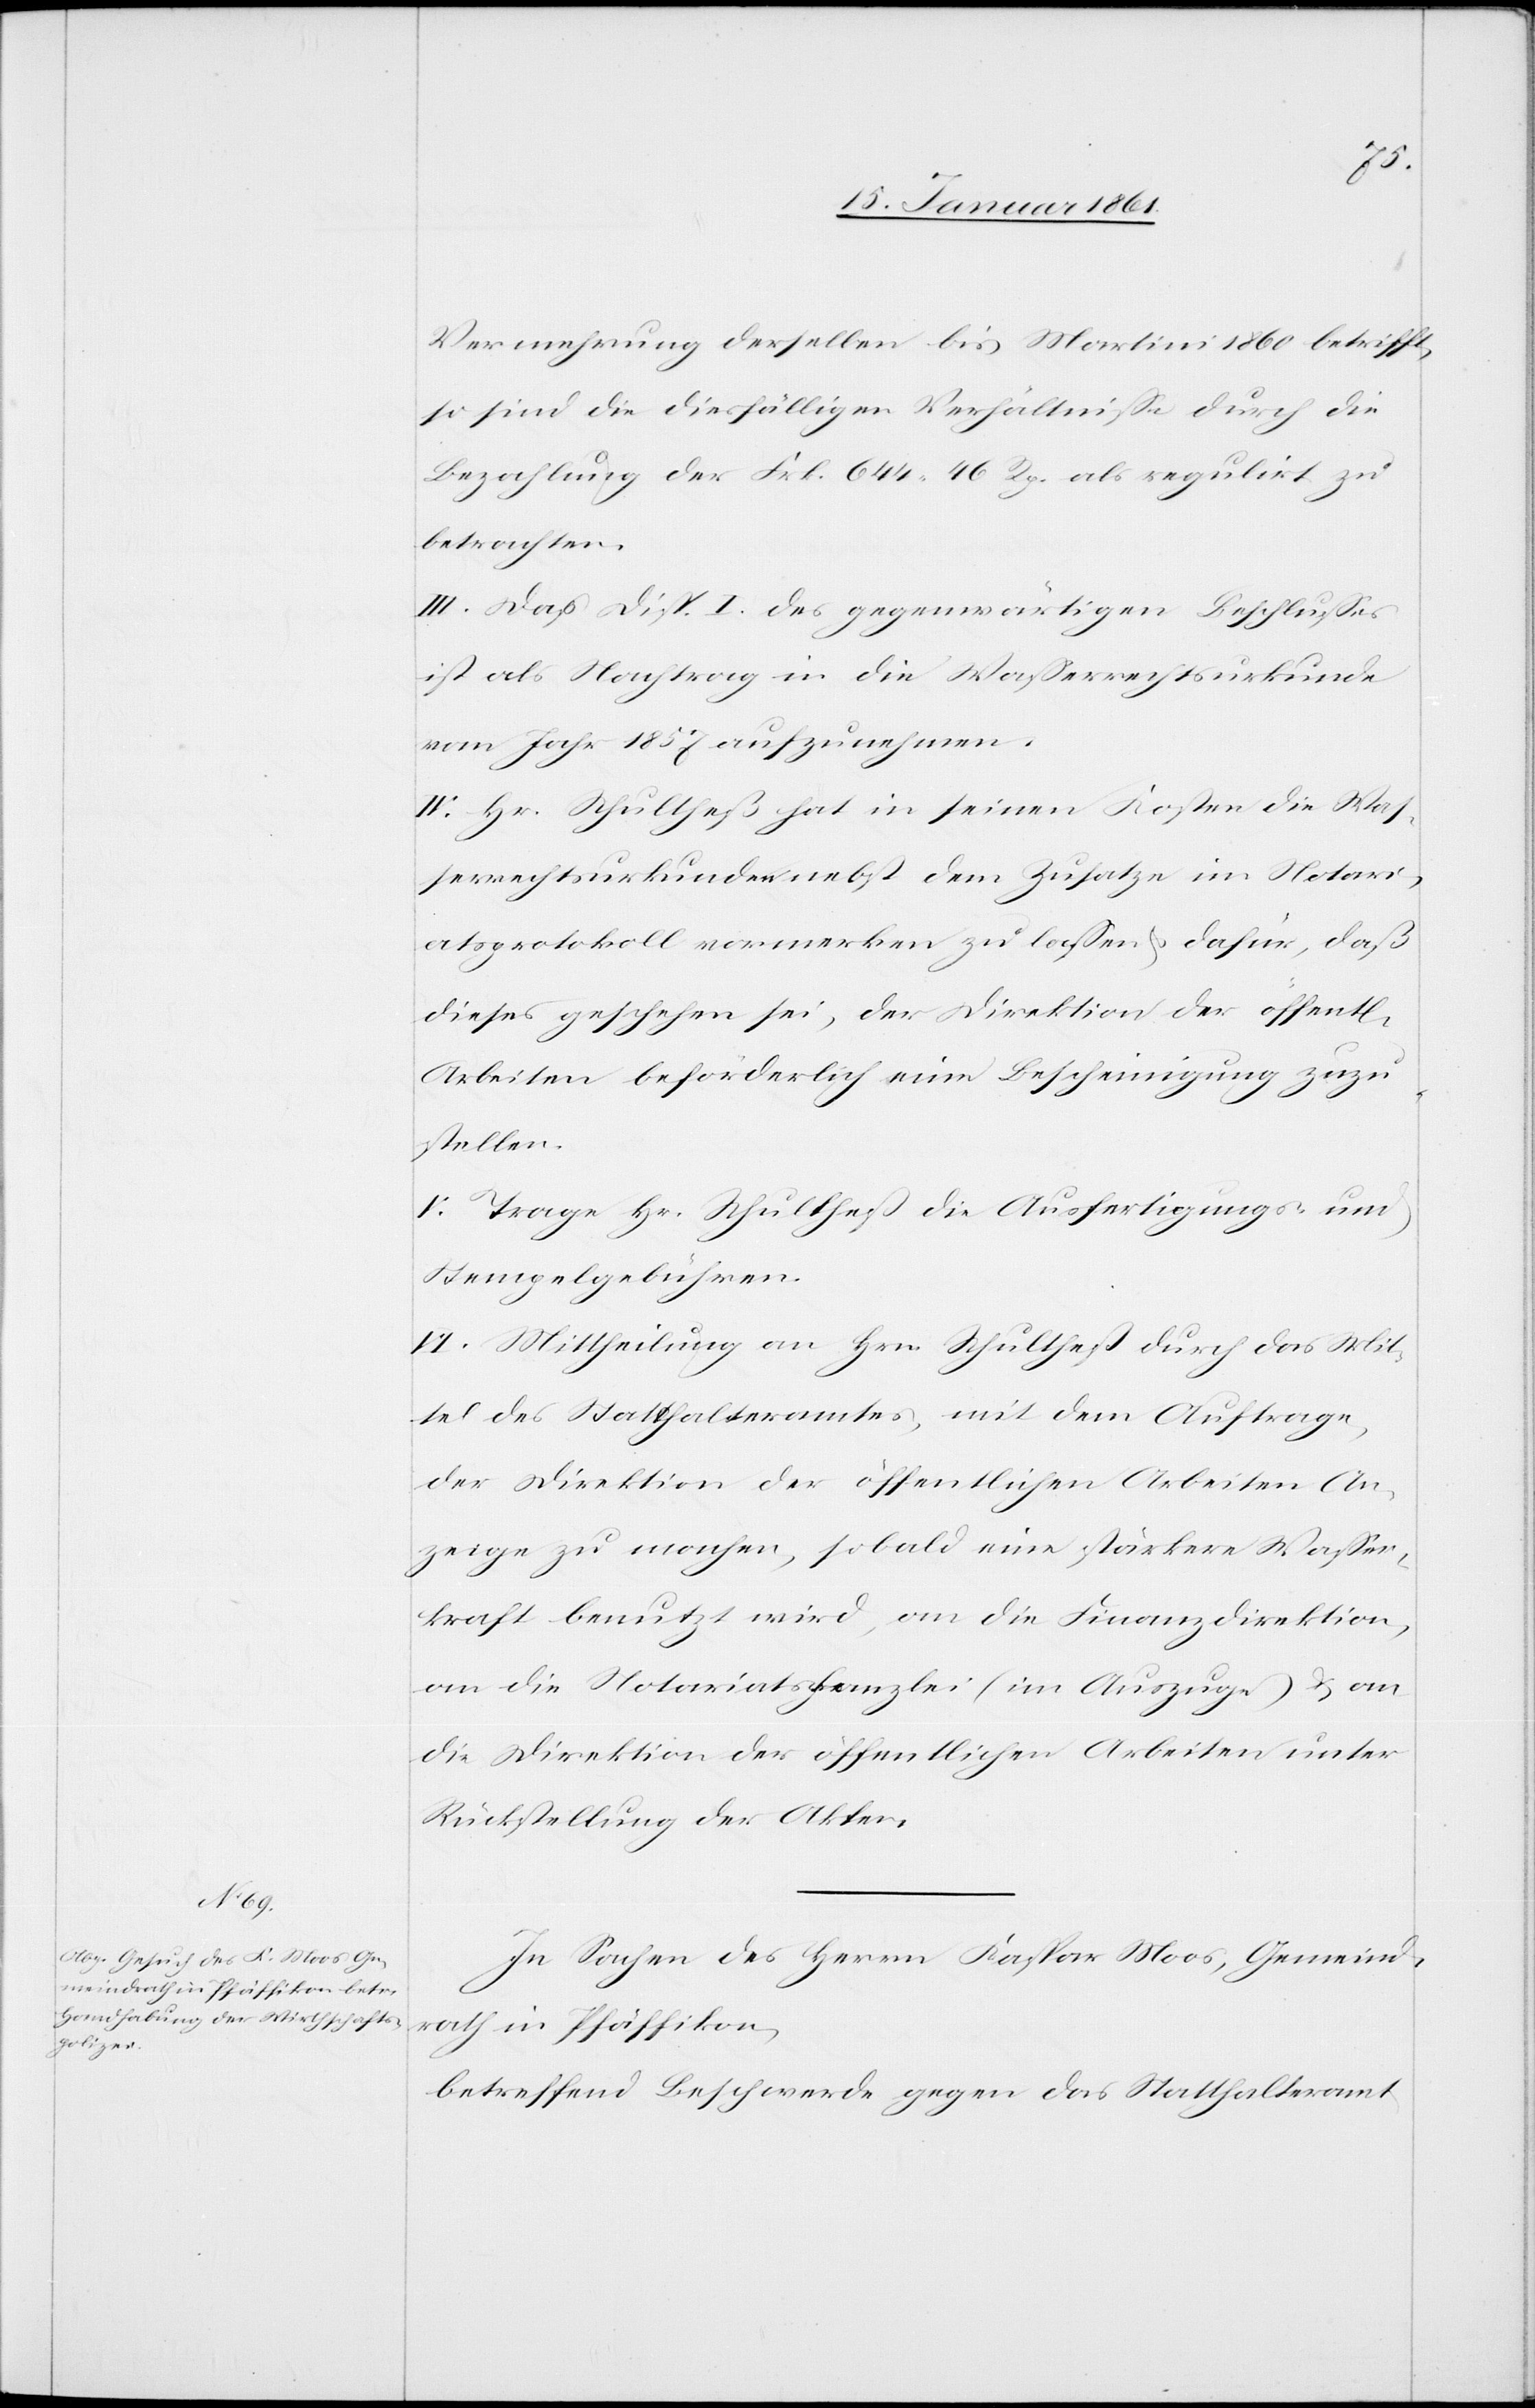
lichen

Vermehrung derselben bis Martini 1860 betrifft,
so sind die diesfälligen Verhältnisse durch die
Bezahlung der Frk. 644 46 Rp. als regulirt zu
betrachten.
III. Daß [sic!] Disp. I des gegenwärtigen Beschlusses
ist als Nachtrag in die Wasserrechtsurkunde
vom Jahr 1857 aufzunehmen.
IV. Hr. Schultheß hat in seinen Kosten die Was¬
serrechtsurkunden nebst dem Zusatze im Notari¬
atsprotokoll vormerken zu lassen u. dafür, daß
dieses geschehen sei, der Direktion der öffent¬
Arbeiten beförderlich eine Bescheinigung zuzu¬
stellen.
V. Trage Hr. Schulthess die Ausfertigungs- u.
Stempelgebühren.
VI. Mittheilung an Hrn. Schulthess durch das Mit¬
tel des Statthalteramtes, mit dem Auftrage,
der Direktion der öffentlichen Arbeiten An¬
zeige zu machen, sobald eine stärkere Wasser¬
kraft benutzt wird, an die Finanzdirektion,
an die Notariatskanzlei (im Auszuge) u. an
die Direktion der öffentlichen Arbeiten unter
Rückstellung der Akten.
In Sachen des Herrn Kaspar Moos, Gemeind¬
rath in Pfäffikon,
betreffend Beschwerde gegen das Statthalteramt